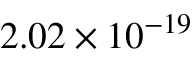
2 . 0 2 \times 1 0 ^ { - 1 9 }